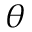
\theta